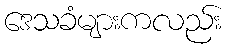
ဒေသခံများကလည်း